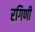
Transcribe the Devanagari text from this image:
रगिणी